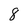
Character: 8